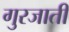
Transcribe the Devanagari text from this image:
गुरजाती